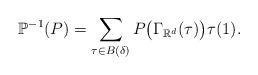
LaTeX: \begin{align*}\mathbb{P}^{-1}(P)=\sum_{\tau\in B(\delta)}P\big(\Gamma_{\mathbb{R}^{d}}(\tau)\big)\tau(1).\end{align*}